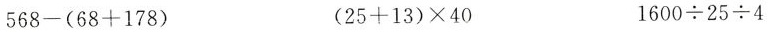
568-(68+178) (25+13)×40 1600÷25÷4